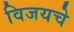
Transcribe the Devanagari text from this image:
विजयचे